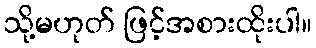
သို့မဟုတ် ဖြင့်အစားထိုးပါ။